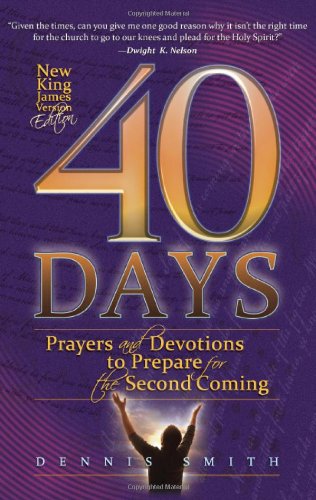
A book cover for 40 Days: Prayers and Devotions to Prepare for the Second Coming; Dennis Smith; Christian Books & Bibles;